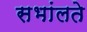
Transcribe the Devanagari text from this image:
सभांलते